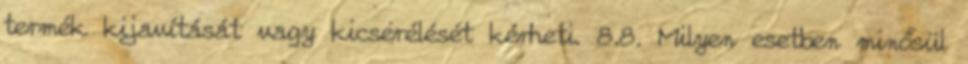
termék kijavítását vagy kicserélését kérheti. 8.8. Milyen esetben minősül